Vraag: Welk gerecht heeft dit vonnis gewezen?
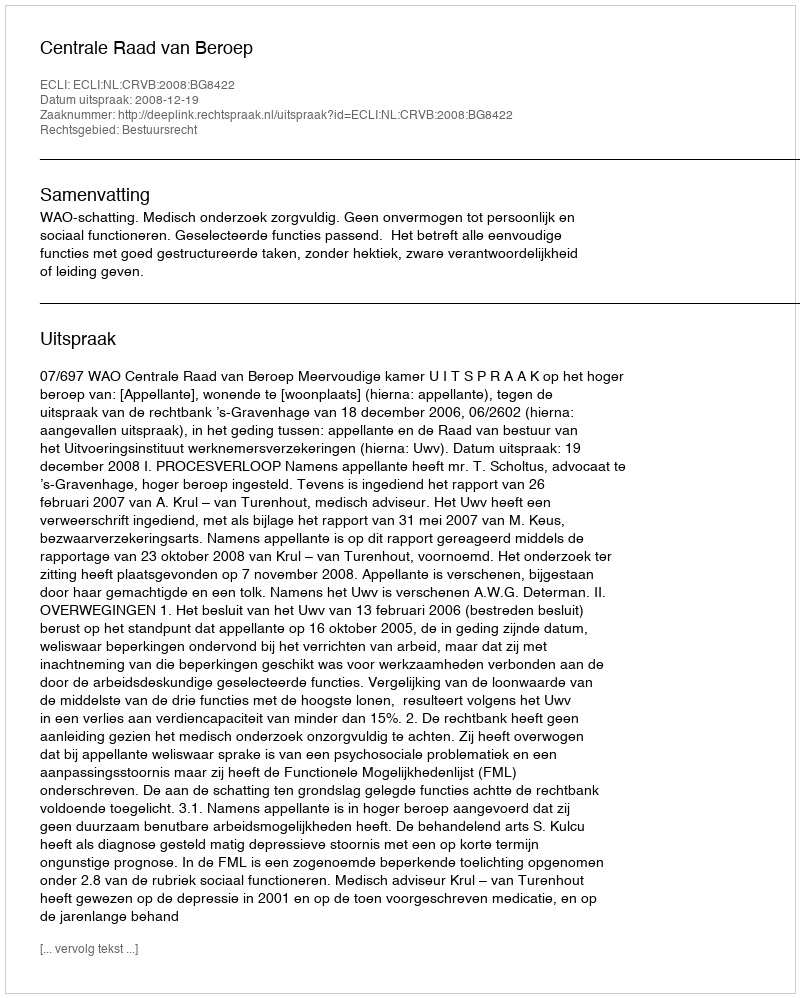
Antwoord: Centrale Raad van Beroep